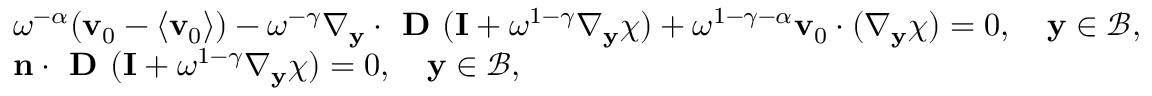
\begin{array} { r l } & { \omega ^ { - \alpha } ( \mathbf v _ { 0 } - \langle \mathbf v _ { 0 } \rangle ) - \omega ^ { - \gamma } \nabla _ { \mathbf y } \cdot \textbf { D } ( \mathbf I + \omega ^ { 1 - \gamma } \nabla _ { \mathbf y } \boldsymbol { \chi } ) + \omega ^ { 1 - \gamma - \alpha } \mathbf v _ { 0 } \cdot ( \nabla _ { \mathbf y } \boldsymbol { \chi } ) = 0 , \quad \mathbf y \in \mathcal B , } \\ & { \mathbf n \cdot \textbf { D } ( \mathbf I + \omega ^ { 1 - \gamma } \nabla _ { \mathbf y } \boldsymbol { \chi } ) = 0 , \quad \mathbf y \in \mathcal B , } \end{array}